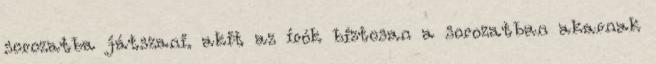
sorozatba játszani. akit az írók biztosan a sorozatban akarnak